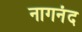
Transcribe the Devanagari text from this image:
नागनंद